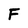
Character: F